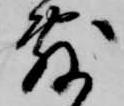
敷